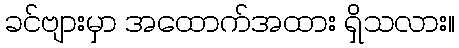
ခင်ဗျားမှာ အထောက်အထား ရှိသလား။